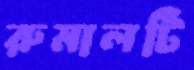
রুমালটি